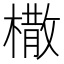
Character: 橵